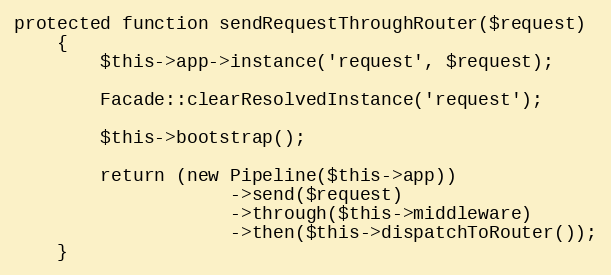
Language: PHP
protected function sendRequestThroughRouter($request)
	{
		$this->app->instance('request', $request);

		Facade::clearResolvedInstance('request');

		$this->bootstrap();

		return (new Pipeline($this->app))
		            ->send($request)
		            ->through($this->middleware)
		            ->then($this->dispatchToRouter());
	}